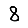
Digit: 8